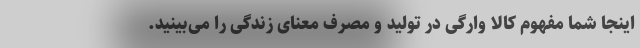
اینجا شما مفهوم کالا وارگی در تولید و مصرف معنای زندگی را می‌بینید.